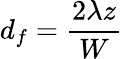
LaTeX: d_{f}={\frac{2\lambda z}{W}}